King Institute of Preventive Medicine Micro-Biological Section reports 1909-11
Year: 1909
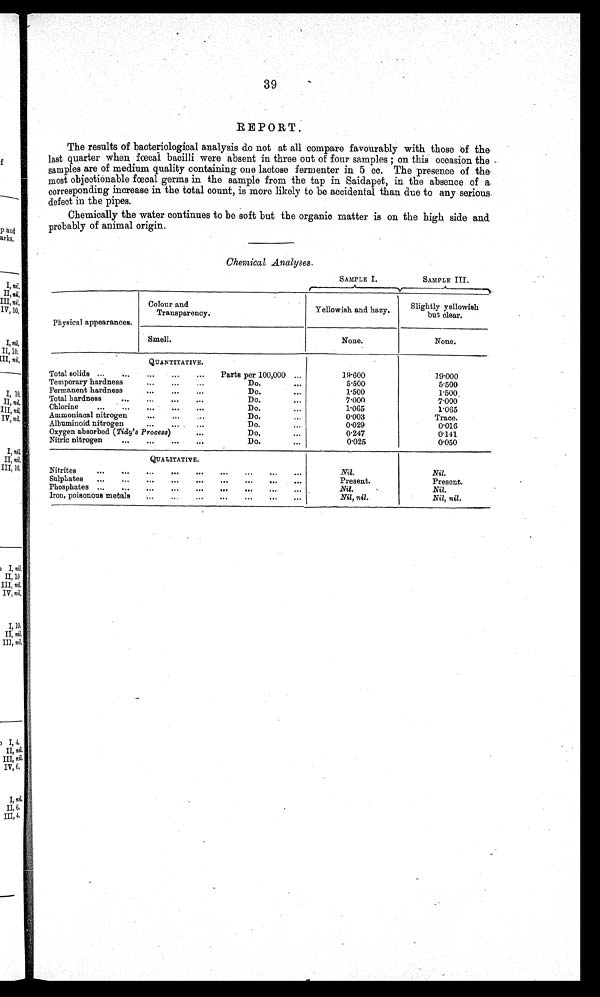
39
REPORT.
The results of bacteriological analysis do not at all compare favourably with those of the
last quarter when fœcal bacilli were absent in three out of four samples ; on this occasion the
samples are of medium quality containing one lactose fermenter in 5 cc. The presence of the
most objectionable fœcal germs in the sample from the tap in Saidapet, in the absence of a
corresponding increase in the total count, is more likely to be accidental than due to any serious
defect in the pipes.
Chemically the water continues to be soft but the organic matter is on the high side and
probably of animal origin.
Chemical Analyses.
SAMPLE I.
SAMPLE III.
Physical appearances.
Colour and
Transparency.
Yellowish and hazy.
Slightly yellowish
but clear.
Smell.
None.
None.
QUANTITATIVE.
Total solids ...
...
...
...
... Parts per 100,000 ...
19.600
19.000
Temporary hardness
... ...
...
D o .
...
5 . 5 0 0
5.500
Permanent hardness
. . .
. . .
. . .
Do.
...
1.500
1.500
Total hardness
...
...
. . .
...
Do.
...
7.000
7.000
Chlorine
...
... ... ... ...
Do.
. . .
1.065
1.065
Ammoniacal nitrogen
...
...
...
Do.
. . .
0.003
Trace.
Albuminoid nitrogen
...
. . . . . .
D o .
...
0.029
0.016
Oxygen absorbed ( Tidy's Process)
...
D o .
...
0.247
0.141
Nitric nitrogen
... ... ... ...
Do.
. . .
0.025
0 . 0 5 0
QUALITATIVE.
Nitrites...
. . .
. . .
. . .
. . .
. . .
. . .
. . . . . .
N i l .
Nil.
Sulphates
. . .
. . .
. . .
. . .
. . .
. . .
. . .
. . .
Present.
Present.
Phosphates ... ...
. . .
. . .
. . .
. . .
. . .
. . .
. . .
Nil.
Nil.
Iron, poisonous metals . . .
. . . . . .
. . . ...
. . .
. . .
Nil, nil.
Nil, nil.